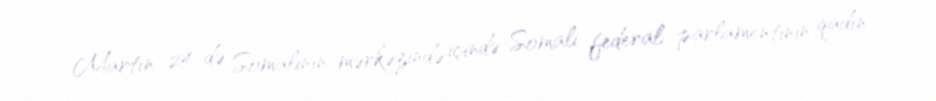
Martın 24-də Somalinin mərkəzində içində Somali federal parlamentinin qadın